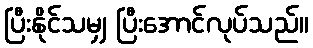
ပြီးနိုင်သမျှ ပြီးအောင်လုပ်သည်။